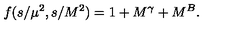
f ( s / \mu ^ { 2 } , s / M ^ { 2 } ) = 1 + M ^ { \gamma } + M ^ { B } .